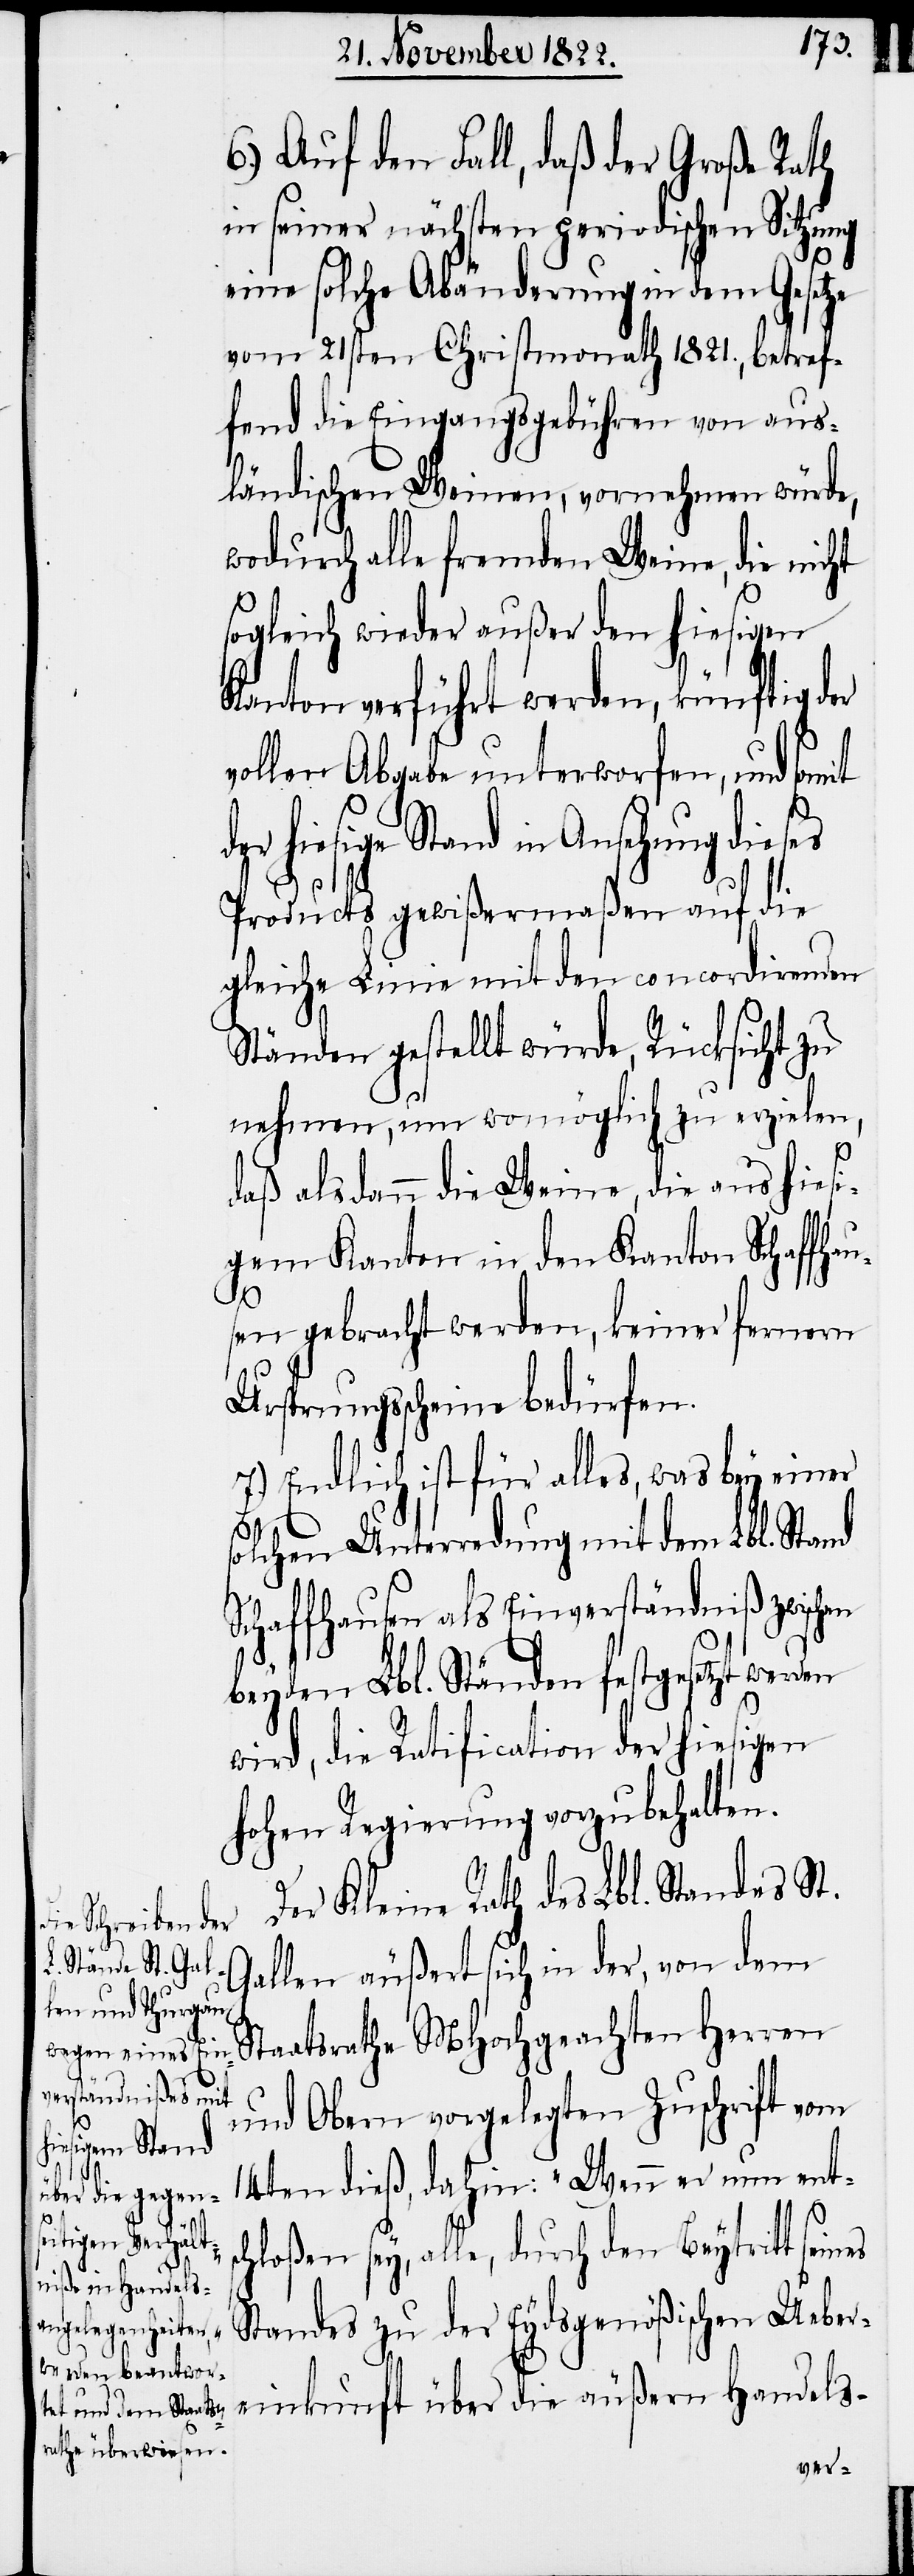
6) Auf den Fall, daß der Großen Rath
in seiner nächsten periodischen Sitzung
eine solche Abänderung in dem Gesetze
vom 21sten Christmonath 1821., betref¬
fend die Eingangsgebühren von aus¬
ländischen Weinen, vornehmen würde,
wodurch alle fremden Weine, die nicht
sogleich wieder außer den hiesigen
Kanton verführt werden, künftig der
vollen Abgabe unterworfen, und somit
hiesige Stand in Ansehung dieses
Products gewißermaßen auf die
gleiche Linie mit den concordirenden
Ständen gestellt würde, Rücksicht zu
nehmen, um womöglich zu erzielen,
en
daß alsdann die Weine, die aus hiesi¬
gem Kanton in den Kanton Schaffha¬
nes
sen gebracht werden, keiner fernern
Ursprungsscheine bedürfen.
7.) Endlich ist für alles, was bey einer
solchen Unterredung mit dem Lbl. Stand
Schaffhausen als Einverständniß zwisch¬
beyden Lbl. Ständen festgesetzt werden
wird, die Ratification der hiesigen
hohen Regierung vorzubehalten.
Der Kleine Rath des Lbl. Standes St.
Gallen äußert sich in der, von dem
Staatsrathe MHochgeachten Herren
und Obern vorgelegten Zuschrift vom
14ten dieß, dahin: „Wenn er nun entsc¬
hloßen sey, alle, durch den Beytritt sei¬
Standes zu der Eydsgenößischen Ueber¬
einkunft über die äußern Handels-